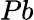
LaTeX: Pb